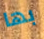
بها